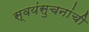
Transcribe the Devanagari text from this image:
स्वयंसुचनांची